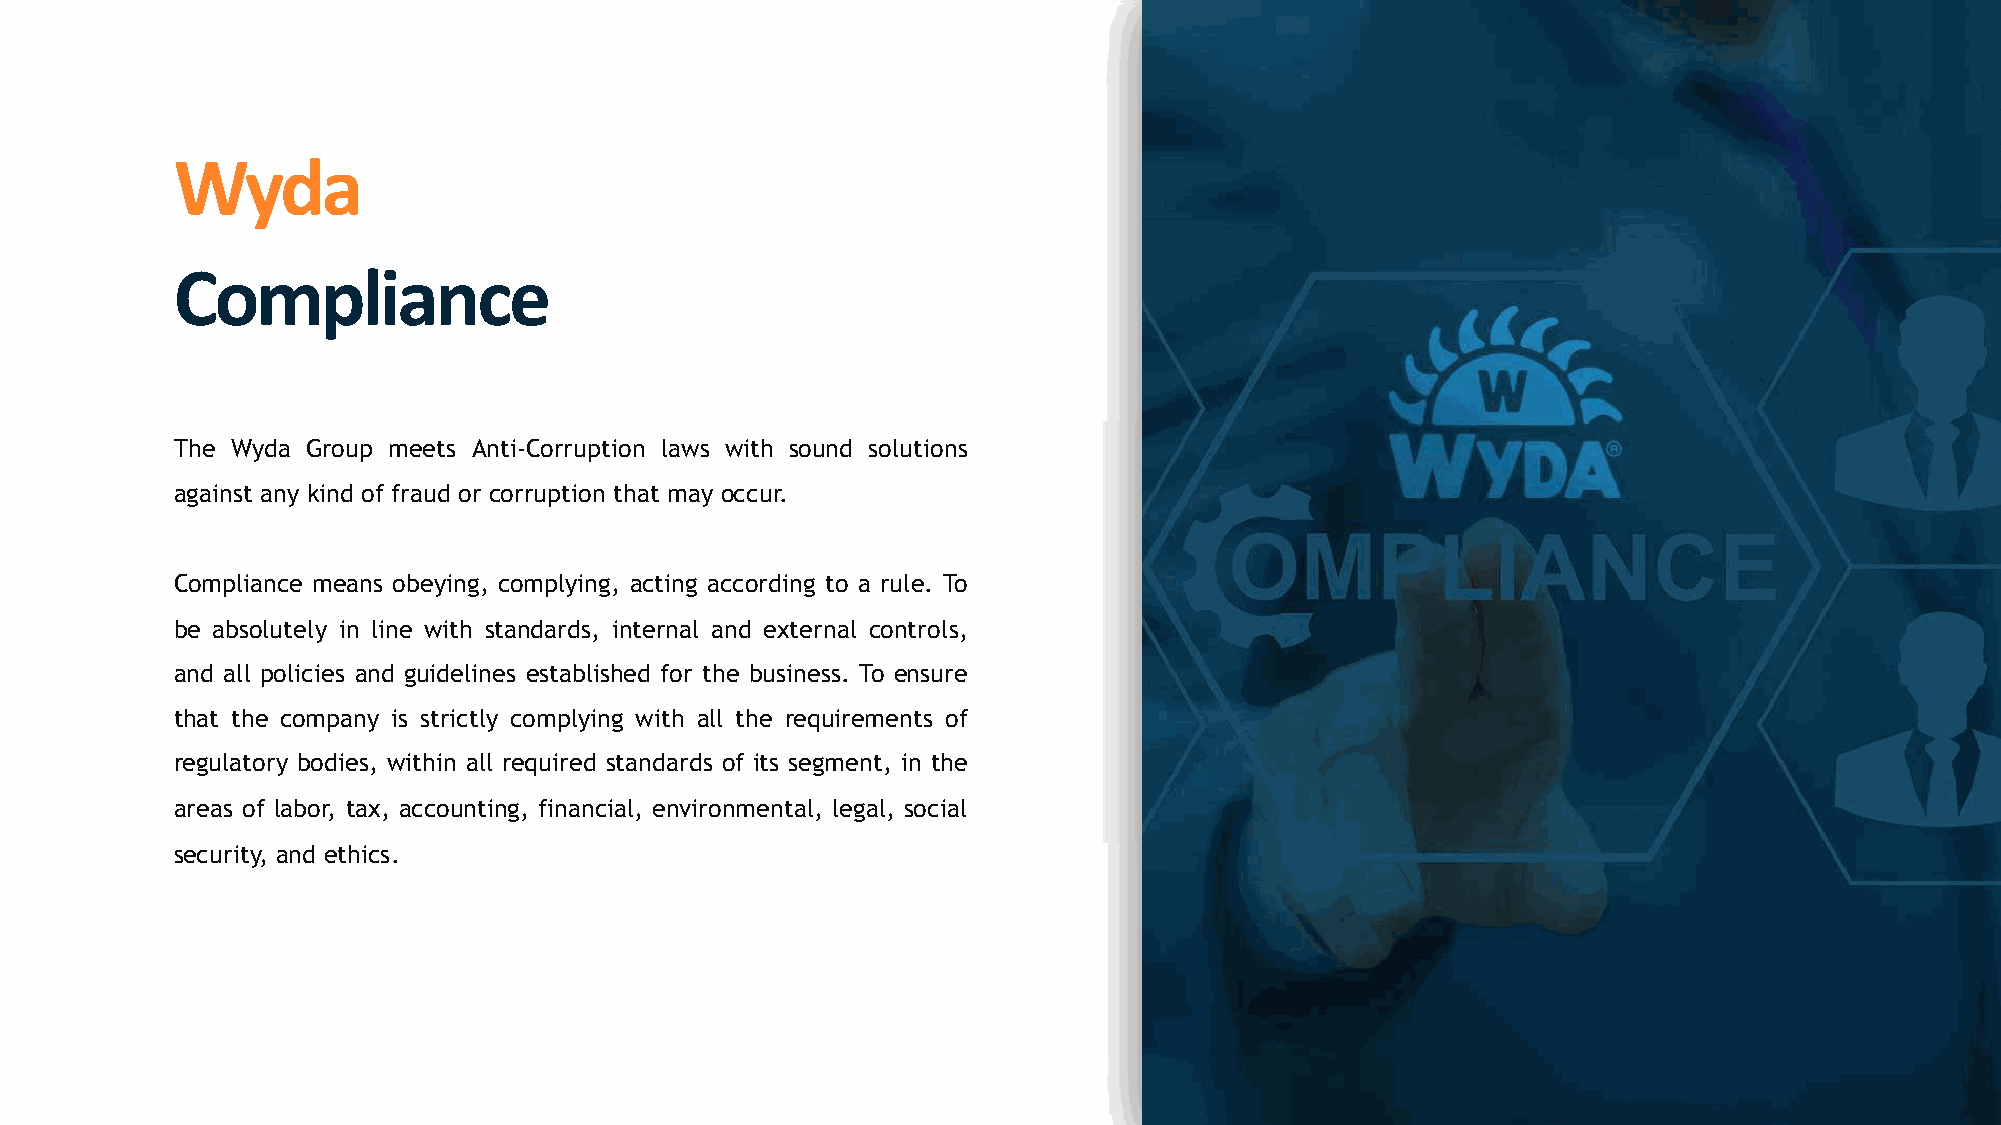
!"#$
 %&'()*$+,-
 The Wyda Group meets Anti-Corruption laws with sound solutions
 against any kind of fraud or corruption that may occur.
 Compliance means obeying, complying, acting according to a rule. To
 be absolutely in line with standards, internal and external controls,
 and all policies and guidelines established for the business. To ensure
 that the company is strictly complying with all the requirements of
 regulatory bodies, within all required standards of its segment, in the
 areas of labor, tax, accounting, financial, environmental, legal, social
 security, and ethics.